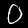
Label: 0